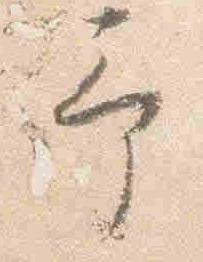
予